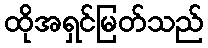
ထိုအရှင်မြတ်သည်